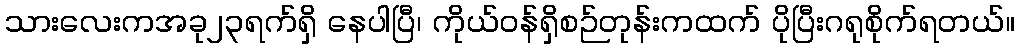
သားလေးကအခု၂၃ရက်ရှိ နေပါပြီ၊ ကိုယ်ဝန်ရှိစဉ်တုန်းကထက် ပိုပြီးဂရုစိုက်ရတယ်။